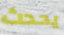
يحدث